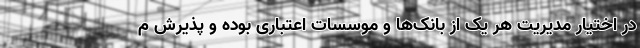
در اختیار مدیریت هر یک از بانک‌ها و موسسات اعتباری بوده و پذیرش م